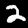
Digit: 2